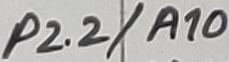
Text: P2.2/A10